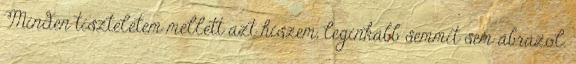
Minden tiszteletem mellett azt hiszem, leginkább semmit sem ábrázol.